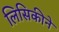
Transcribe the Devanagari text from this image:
लिसिकीने